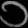
Digit: ၁